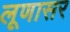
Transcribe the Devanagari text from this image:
लूणासर